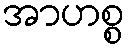
အာဟစ္စ